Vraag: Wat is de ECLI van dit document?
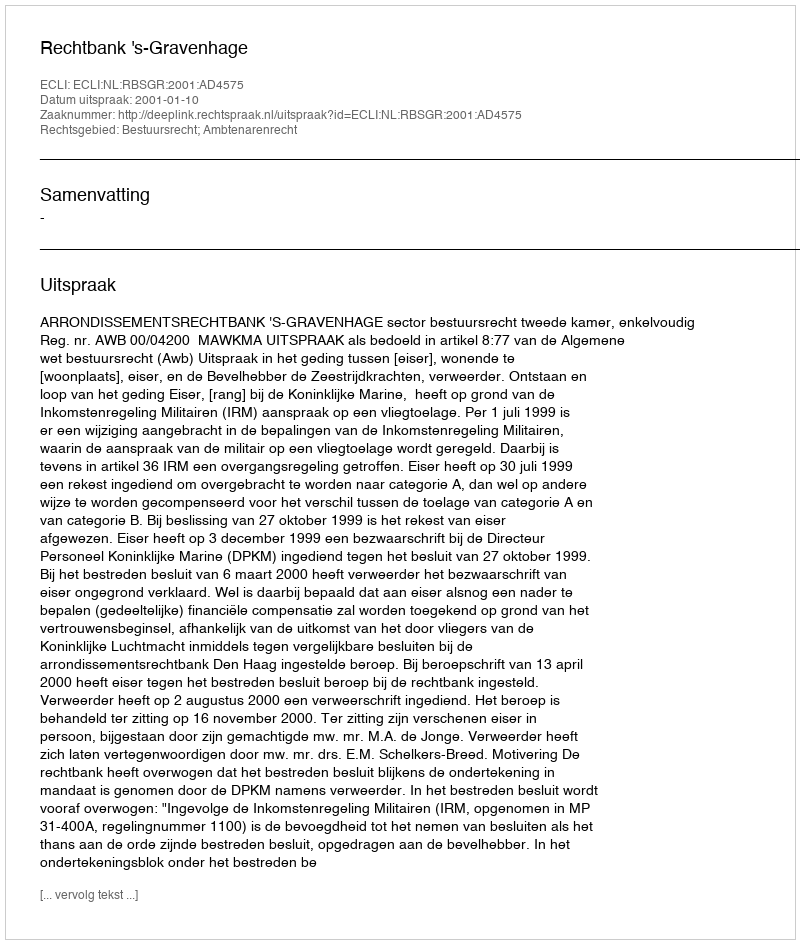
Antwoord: ECLI:NL:RBSGR:2001:AD4575